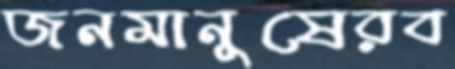
জনমানুষেরব